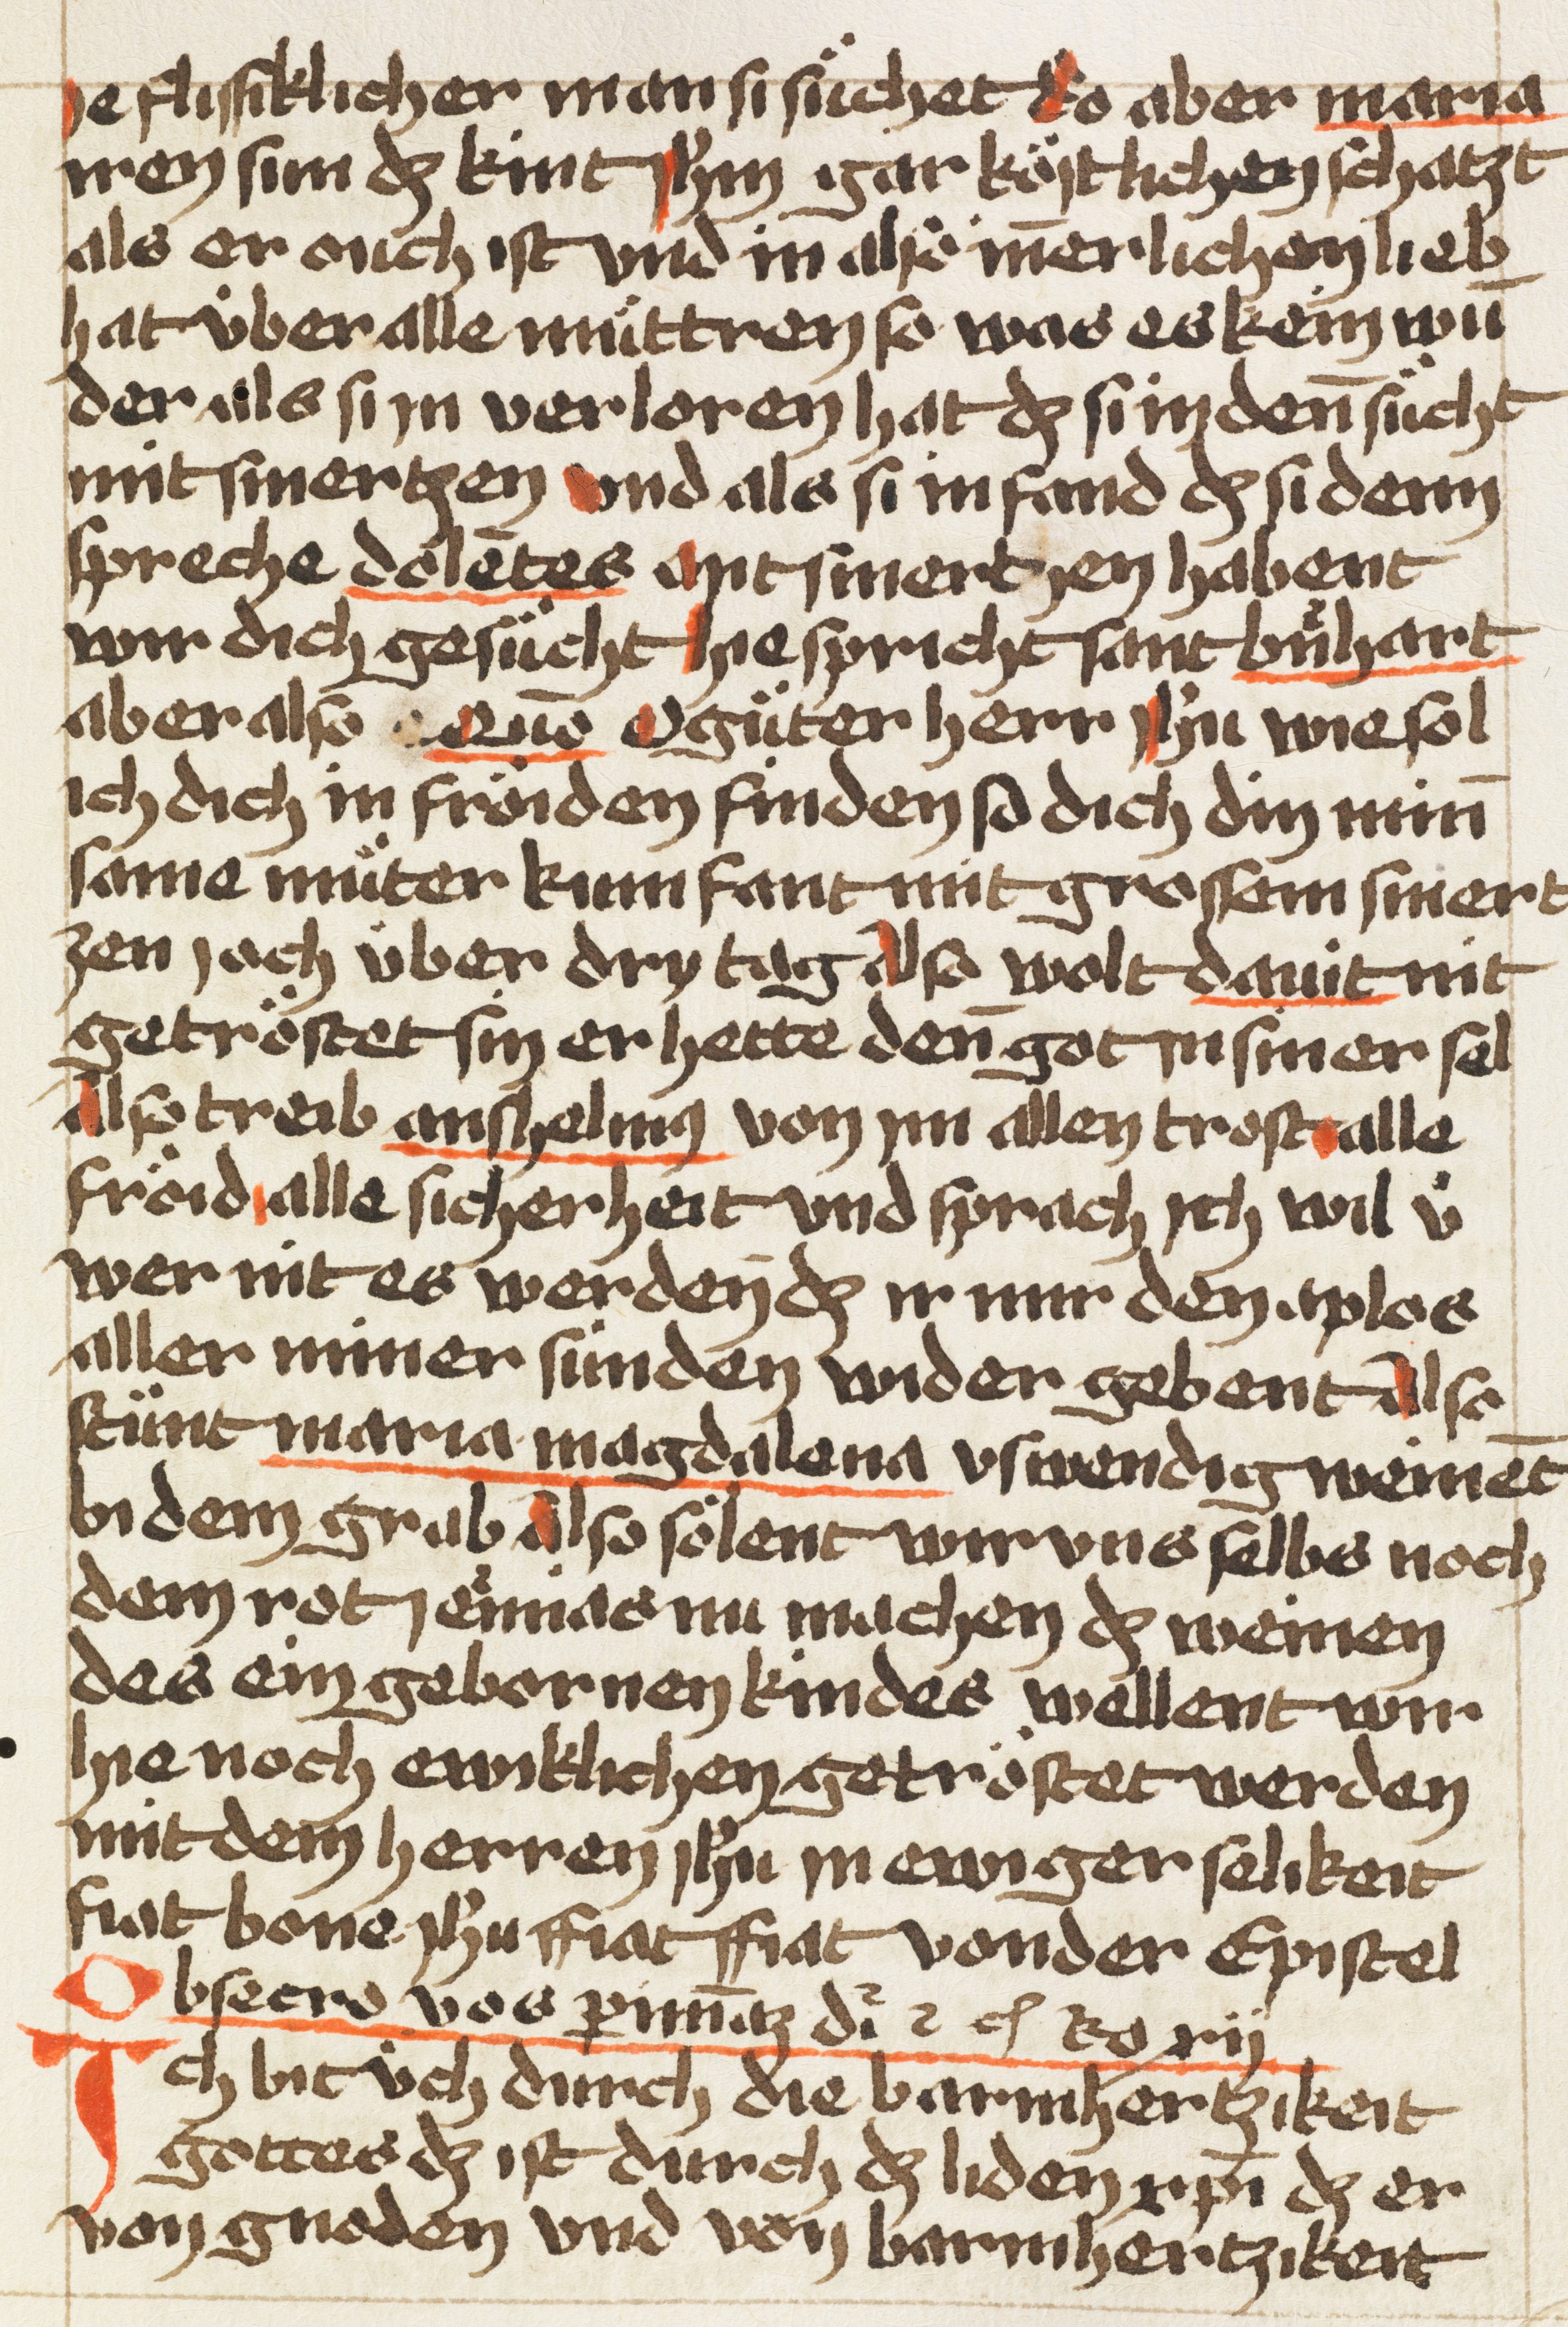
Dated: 1470–1480